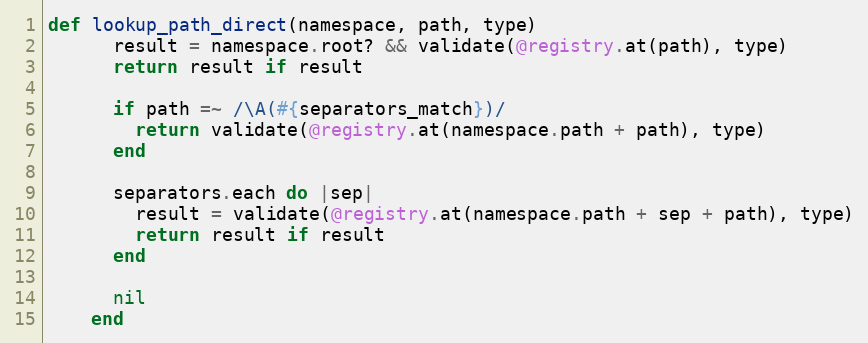
Language: Ruby
def lookup_path_direct(namespace, path, type)
      result = namespace.root? && validate(@registry.at(path), type)
      return result if result

      if path =~ /\A(#{separators_match})/
        return validate(@registry.at(namespace.path + path), type)
      end

      separators.each do |sep|
        result = validate(@registry.at(namespace.path + sep + path), type)
        return result if result
      end

      nil
    end